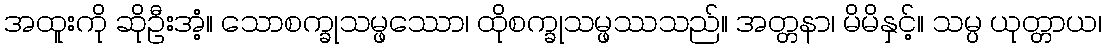
အထူးကို ဆိုဦးအံ့။ သောစက္ခုသမ္ဖဿော၊ ထိုစက္ခုသမ္ဖဿသည်။ အတ္တနာ၊ မိမိနှင့်။ သမ္ပ ယုတ္တာယ၊